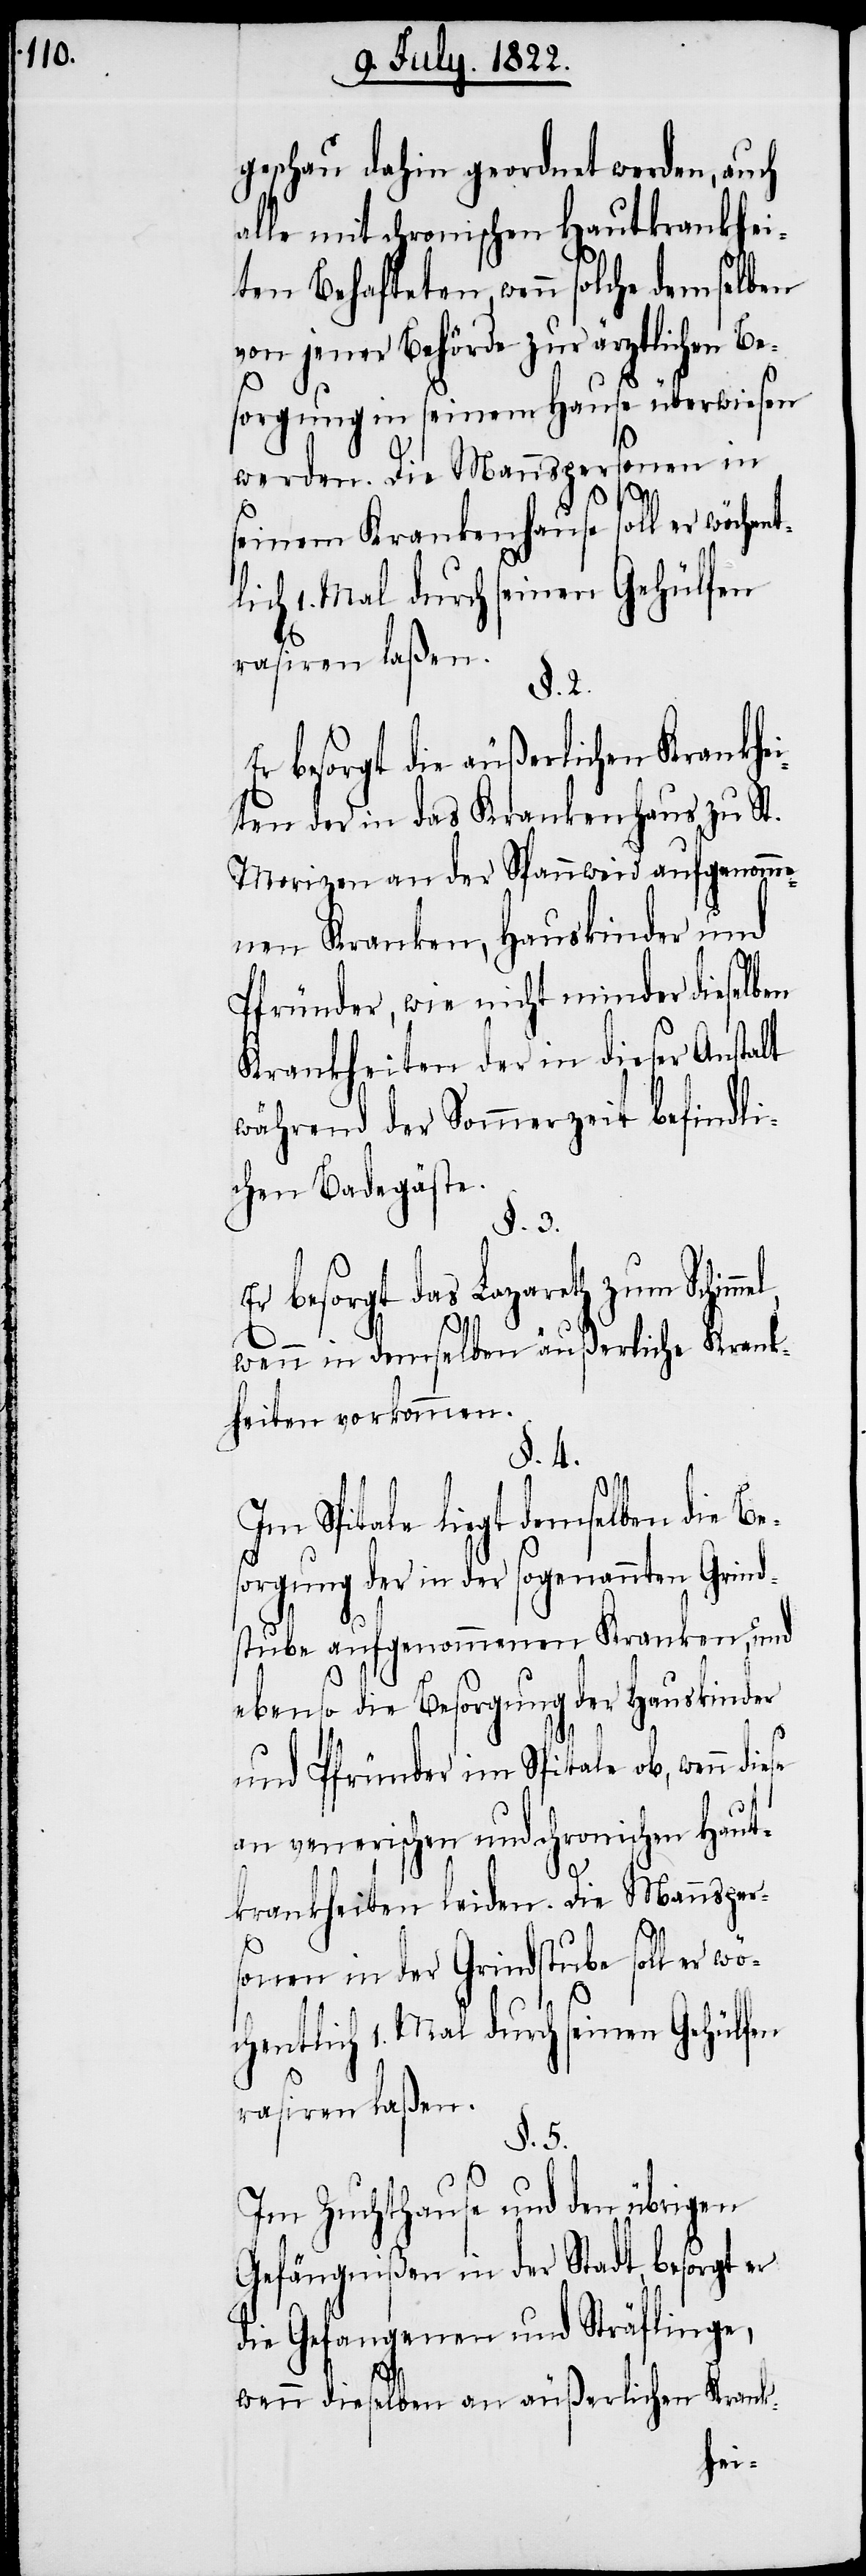
geschau dahin geordnet werden, auch
alle mit chronischen Hautkrankhei¬
ten Behafteten, wenn solche demselben
von jener Behörde zur ärztlichen Be¬
sorgung in seinem Hause überwiesen
werden. Die Mannspersonen in
seinem Krankenhause soll er wö¬
§. 2.
besorgt die äußerlichen Krankhei¬
ten der in das Krankenhaus zu St.
Morizen an der Spannweid aufgenomme¬
nen Kranken, Hauskinder und
Pfründer, wie nicht minder dieselben
Krankheiten der in dieser Anstalt
während der Sommerzeit befindli¬
chen Badegäste.
§. 3.
Er besorgt das Lazareth zum Schimm¬
el
wenn in demselben äußerliche Krank¬
heiten vorkommen.
§. 4.
Im Spitale liegt demselben die Bes¬
orgung der in der sogenannten Grind¬
stube aufgenommenen Kranken, und
ebenso die Besorgung der Hauskinder
und Pfründen im Spitale ob, wenn
an venerischen und chronischen Haut¬
krankheiten leiden. Die Mannsper¬
sonen in der Grindstube soll er wö¬
chentlich 1. Mal durch seinen Gehülfen
rasiren laßen.
§. 5.
Im Zuchthause und den übrigen
Gefängnißen in der Stadt, besorgt er
die Gefangenen und Sträflinge,
wenn dieselben an äußerlichen Krank-